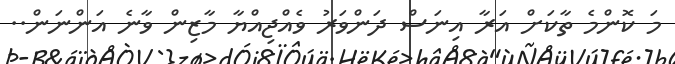
މަ ކޮންމެ ތާކަށް އަރާ އިނަސް ދަންވަރު ވެއްޖިއްޔާ މާޒިން ވާނެ އަންނަން..